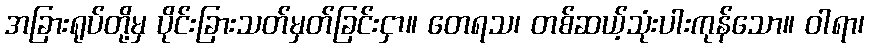
အခြားရုပ်တို့မှ ပိုင်းခြားသတ်မှတ်ခြင်းငှာ။ တေရသ၊ တစ်ဆယ့်သုံးပါးကုန်သော။ ဝါရာ၊